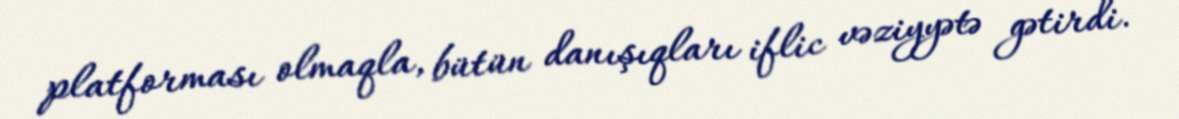
platforması olmaqla, bütün danışıqları iflic vəziyyətə gətirdi.